Juri_Uluots, lk 91
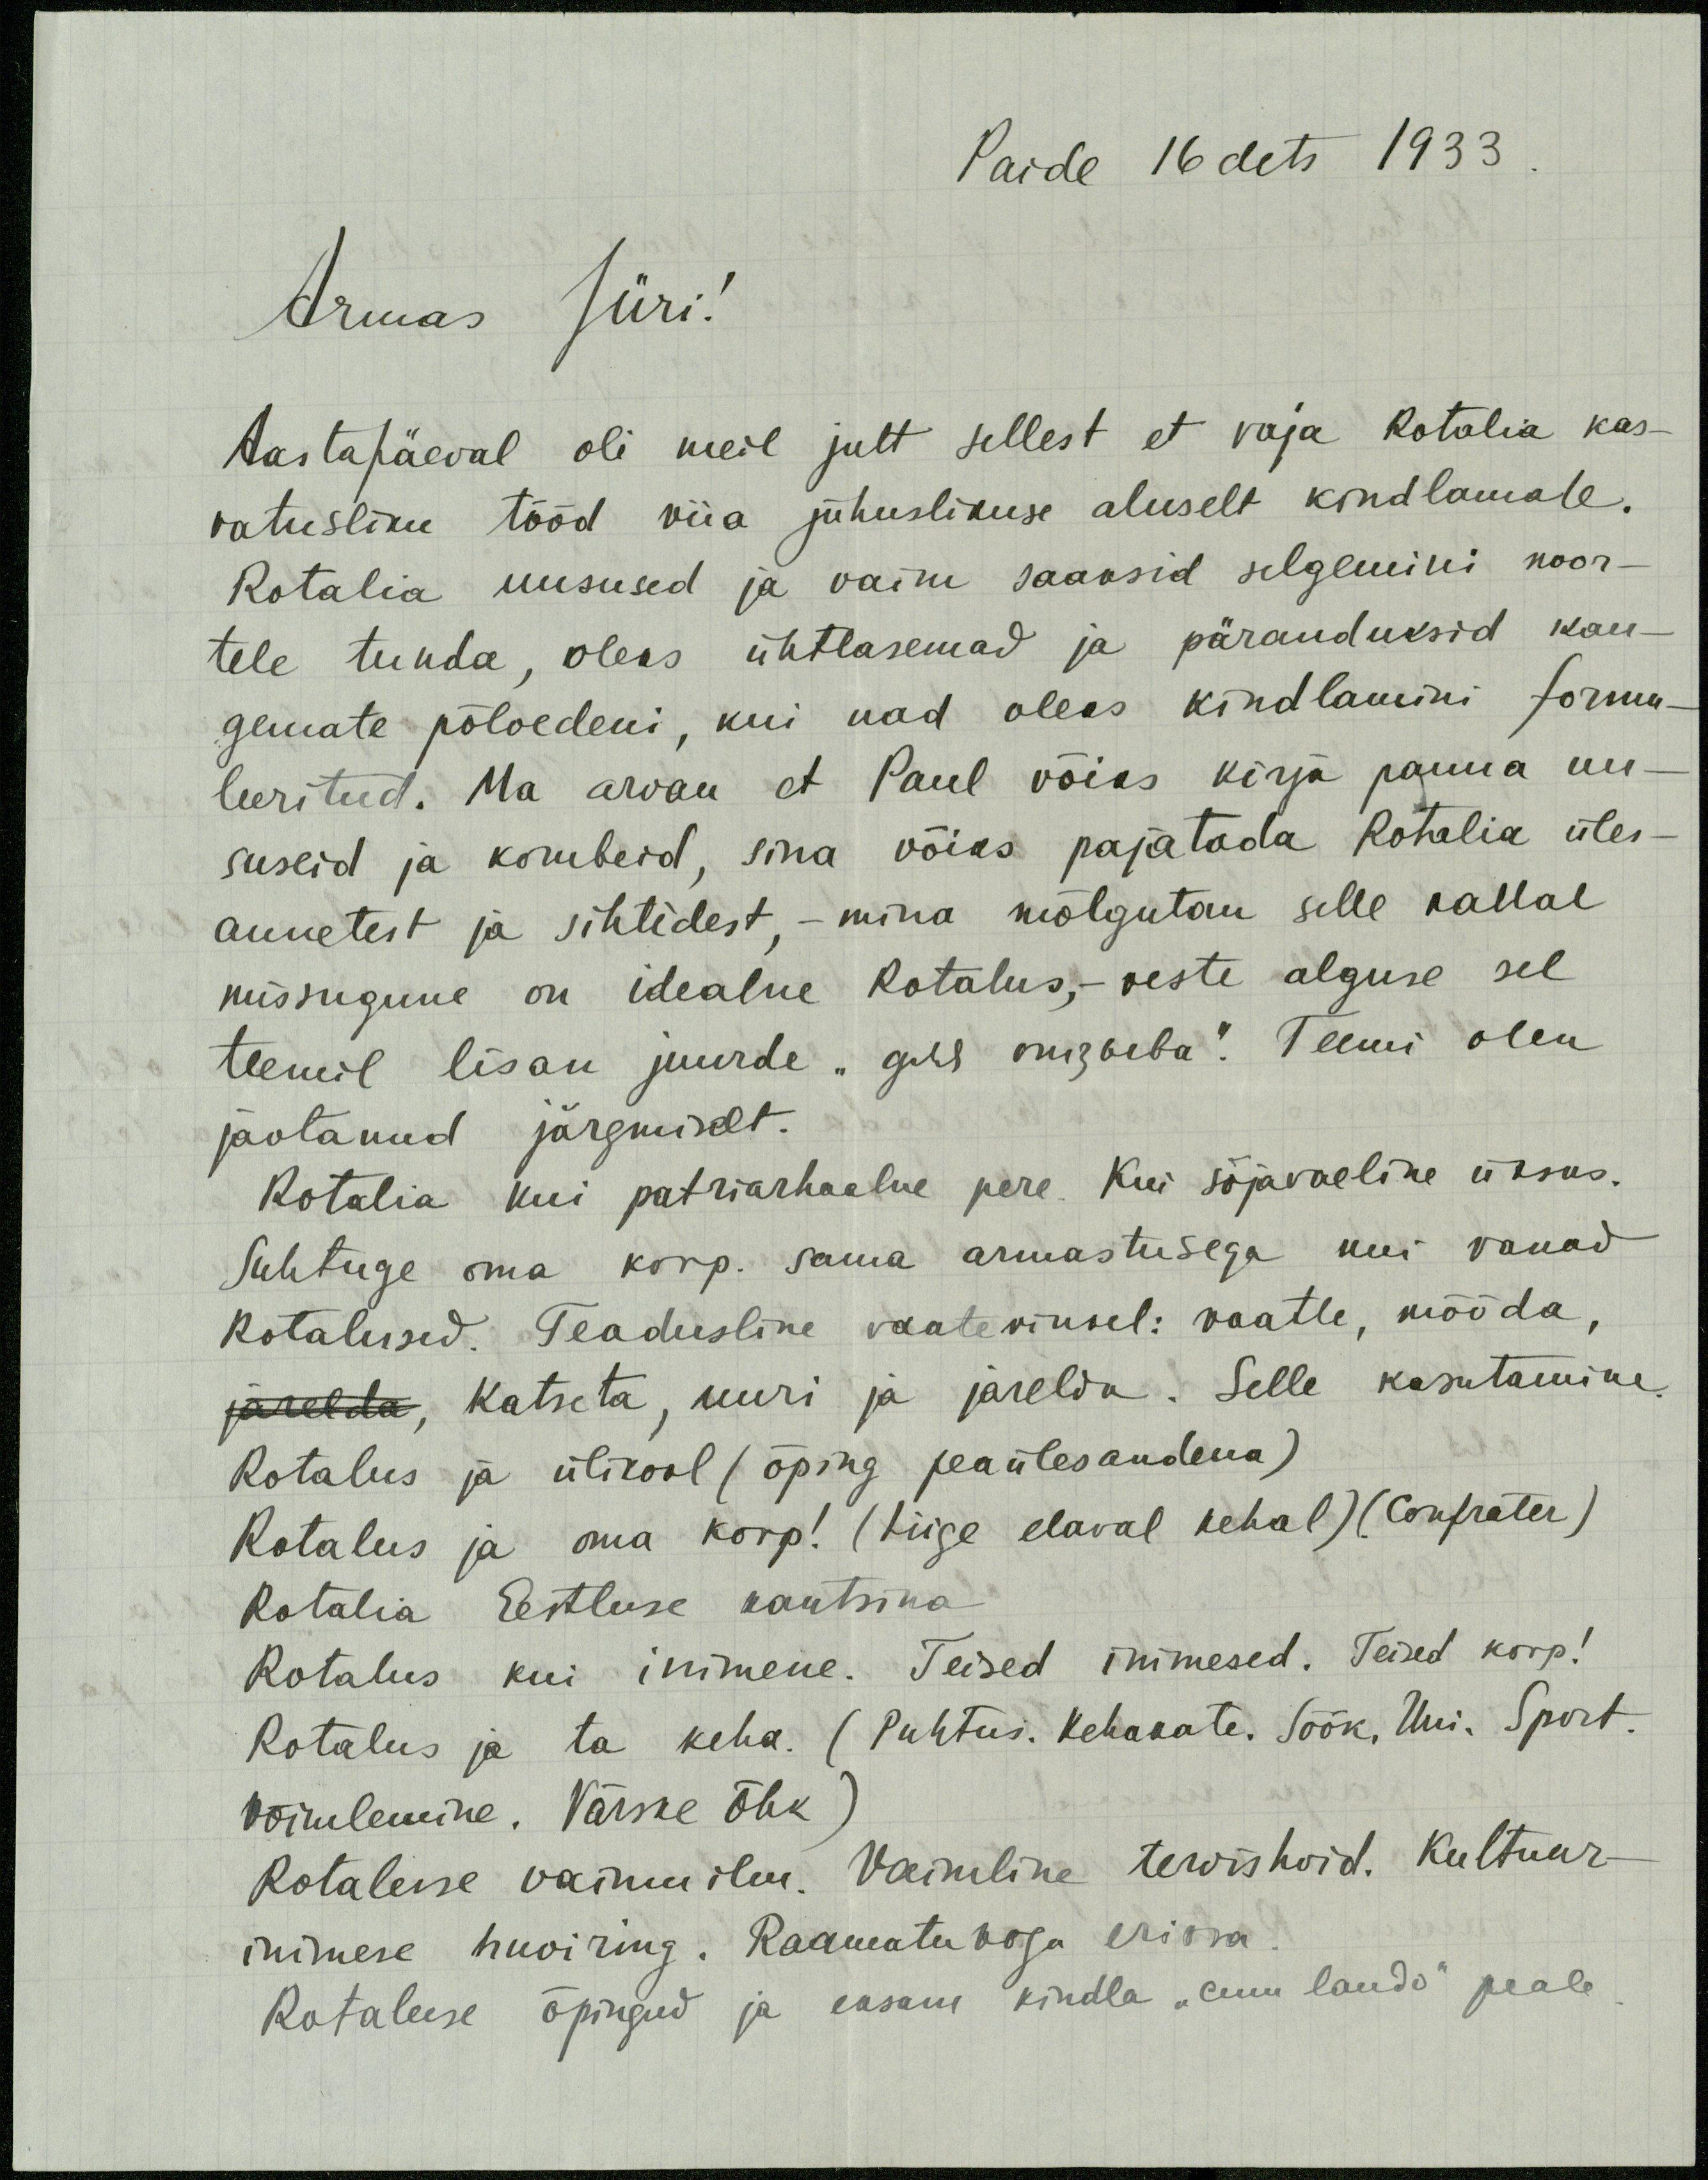
Paide 16 dets 1933
Armas Jüri!
Aastapäeval oli meil jutt sellest et vaja Rotalia kas-
vatusliku tööd viia juhuslikuse aluselt kindlamale.
Rotalia uusused ja vaim saaksid selgemini noor-
tele tunda, oleks ühtlasemad ja päranduksid kau-
gemate põlvedeni, kui nad oleks kindlamini formu-
leeritud. Ma arvan et Paul võiks kirja panna uu-
suseid ja kombeid, sina võiks pajatada Rotalia üles-
annetest ja sihtidest, - mina mõlgutan selle kallal
missugune on idealne Rotalus, - veste alguse sel
teemil lisan juurde "gus magsaba." Teemi olen
jaotanud järgmiselt.
Rotalia kui patriarhaalne pere. Kui sõjaväeline üksus.
Suhtuge oma korp. sama armastusega kui vanad
Rotalused. Teadusline vaatevinkel: vaatle, mõõda,
järelda, katseta, uuri ja järelda. Selle kasutamine.
Rotalus ja ülikool (õping peaülesandena)
Rotalus ja oma korp! (liige elaval kehal) (Confrater)
Rotalia Eestluse kantsina
Rotalus kui inimene. Teised inimesed. Teised korp!
Rotalus ja ta keha. (Puhtus. Kehakate. Söök, Uni. Sport.
Võimlemine. Värske õhk)
Rotaluse vaimuilm. Vaimline tervishoid. Kultuur-
inimese huviring. Raamatukogu eriosa
Rotaluse õpingud ja eksam kindla "cum laude" peale